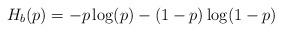
LaTeX: \begin{align*}H_b(p)&=-p\log(p)-(1-p)\log(1-p)\end{align*}